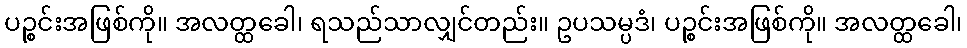
ပဉ္စင်းအဖြစ်ကို။ အလတ္ထခေါ၊ ရသည်သာလျှင်တည်း။ ဥပသမ္ပဒံ၊ ပဉ္စင်းအဖြစ်ကို။ အလတ္ထခေါ၊